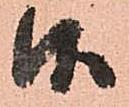
候